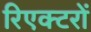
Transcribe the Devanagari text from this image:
रिएक्‍टरों